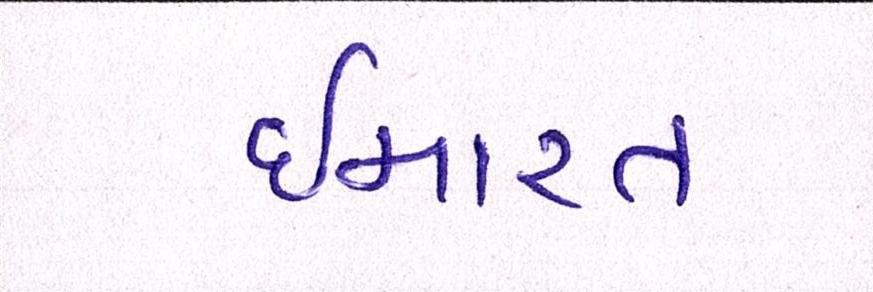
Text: ઈમારત